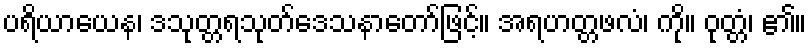
ပရိယာယေန၊ ဒသုတ္တရသုတ်ဒေသနာတော်ဖြင့်။ အရဟတ္တဖလံ၊ ကို။ ဝုတ္တံ၊ ၏။